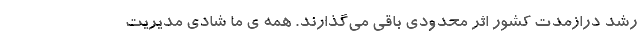
رشد درازمدت کشور اثر محدودی باقی می‌گذارند. همه­ ی ما شادی مدیریت